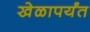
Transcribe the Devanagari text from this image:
खेळापर्यंत